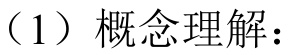
（1）概念理解：